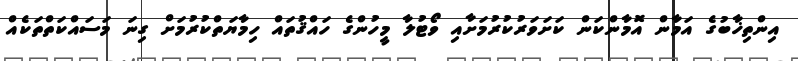
އިންތިޚާބުގެ އަމާން އޮމާންކަން ކަށަވަރުކުރުމަށާއި ވޯޓުލާ މީހުންގެ ހައްޤުތައް ހިމާޔަތްކުރުމަށް ގިނަ މަސައްކަތްތަކެއް